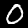
Digit: 0